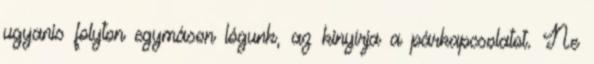
ugyanis folyton egymáson lógunk, az kinyírja a párkapcsolatot. Ne